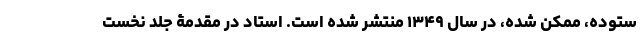
ستوده، ممکن شده، در سال ۱۳۴۹ منتشر شده است. استاد در مقدمۀ جلد نخستِ